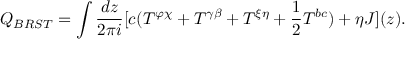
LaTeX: Q _ { B R S T } = \int \frac { d z } { 2 \pi i } [ c ( T ^ { \varphi \chi } + T ^ { \gamma \beta } + T ^ { \xi \eta } + \frac { 1 } { 2 } T ^ { b c } ) + \eta J ] ( z ) .